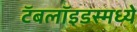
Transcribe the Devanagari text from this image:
टॅबलॉइडस्मध्ये